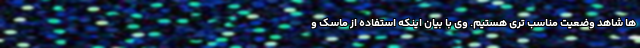
ها شاهد وضعیت مناسب تری هستیم. وی با بیان اینکه استفاده از ماسک و